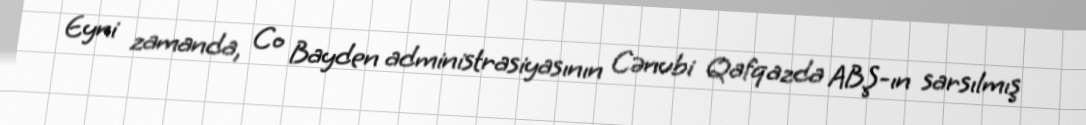
Eyni zamanda, Co Bayden administrasiyasının Cənubi Qafqazda ABŞ-ın sarsılmış